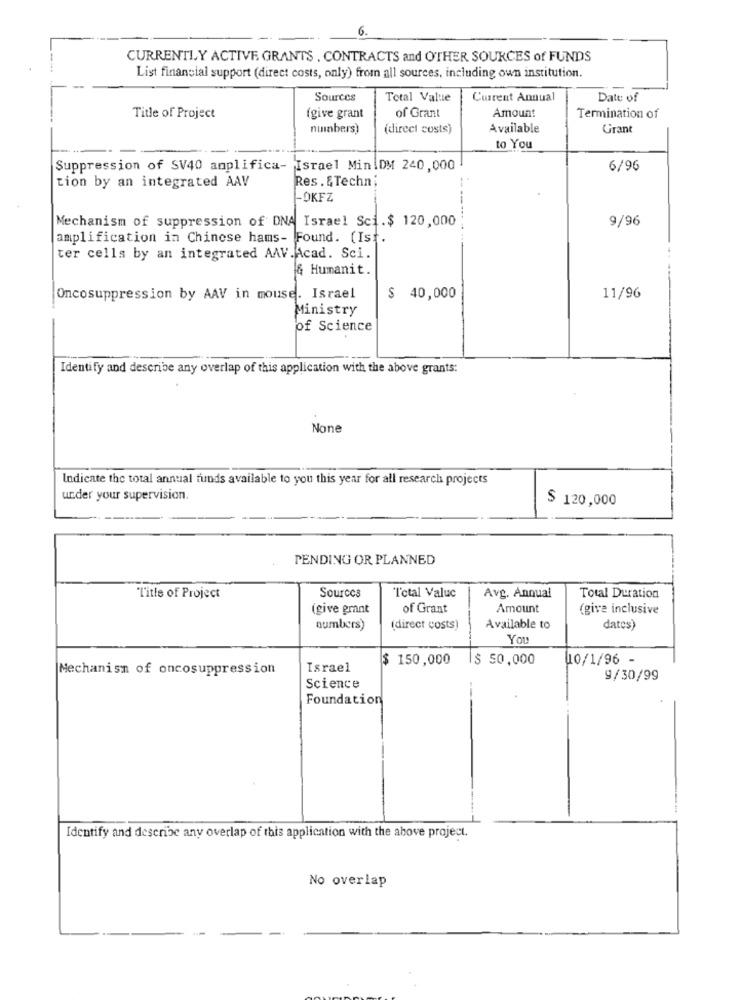
6.
CURRENTLY ACTIVE GRANTS . CONTRACTS and OTHER SOURCES of FUNDS
List financial support (direct costs, only) from all sources, including own institution.
--
Sources
Total Value
Current Annual
Date of
Title of Project
(give grant
of Grant
Amount
Termination of
numbers)
(direct costs)
Available
Grant
to You
Suppression of SV40 amplifica- Israel Min\DM 240,000
6/96
tion by an integrated AAV
Res. &Techn;
-OKFZ
Mechanism of suppression of DNA Israel Sci.$ 120,000
9/96
amplification in Chinese hams- Found. (Ist.
ter cells by an integrated AAV.Acad. Sci.
& Humanit.
Oncosuppression by AAV in mouse. Israel
$ 40,000
11/96
Ministry
of Science
Identify and describe any overlap of this application with the above grants:
Indicate the total annual funds available to you this year for all research projects
under your supervision.
$ 120,000
PENDING OR PLANNED
Title of Project
Sources
Total Valuc
Avg. Annual
Total Duration
(give grant
of Grant
Amount
(give inclusive
numbers)
(direct costs)
Available to
dates)
You
$ 150,000
Is 50,000
10/1/96 -
Mechanism of oncosuppression
Israel
9/30/99
Science
Foundation
Identify and describe any overlap of this application with the above project.
No overlap